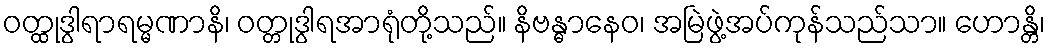
ဝတ္ထုဒွါရာရမ္မဏာနိ၊ ဝတ္တုဒွါရအာရုံတို့သည်။ နိဗန္ဓာနေဝ၊ အမြဲဖွဲ့အပ်ကုန်သည်သာ။ ဟောန္တိ၊